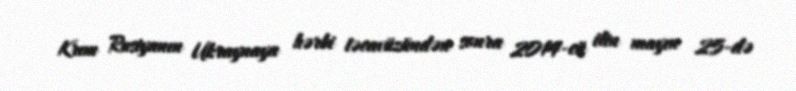
Krım Rusiyanın Ukraynaya hərbi təcavüzündən sonra 2014-cü ilin mayın 25-də